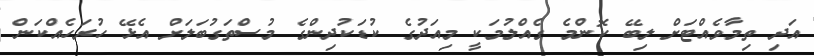
އަދި ތިމާވެއްޓަށް ލިބޭ ކޮންމެ ގެއްލުމަކީ މިއަދުގެ ކުޑަކުދިންގެ މުސްތަގުބަލަށް އެޅޭ ހުރަހެއްކަން